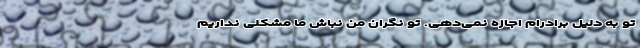
تو به دلیل برادرام اجازه نمی‌دهی. تو نگران من نباش ما مشکلی نداریم